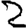
Digit: 2